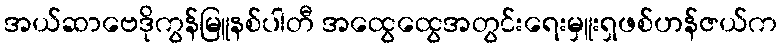
အယ်ဆာဗေဒိုကွန်မြူနစ်ပါတီ အထွေထွေအတွင်းရေးမှူးရှဖစ်ဟန်ဇယ်က